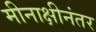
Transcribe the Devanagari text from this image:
मीनाक्षीनंतर